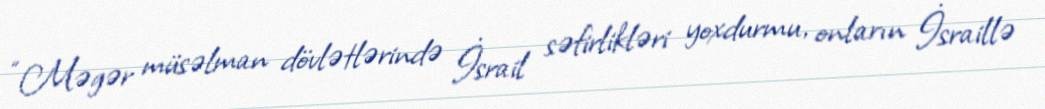
“Məgər müsəlman dövlətlərində İsrail səfirlikləri yoxdurmu, onların İsraillə